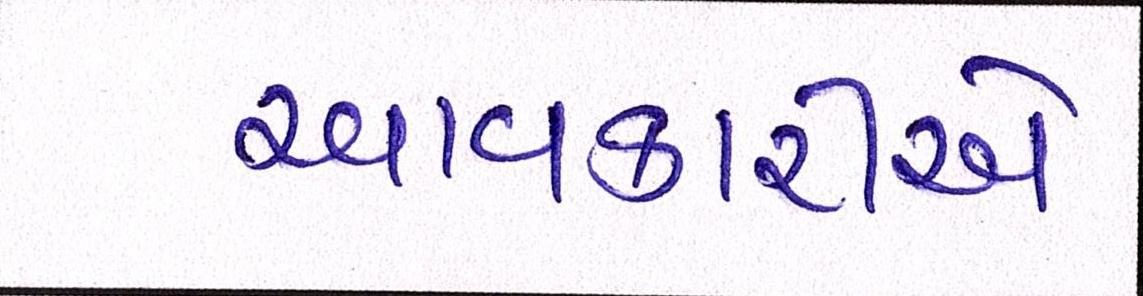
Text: આવકારીએ